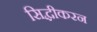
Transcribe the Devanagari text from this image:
सिद्धीकरन